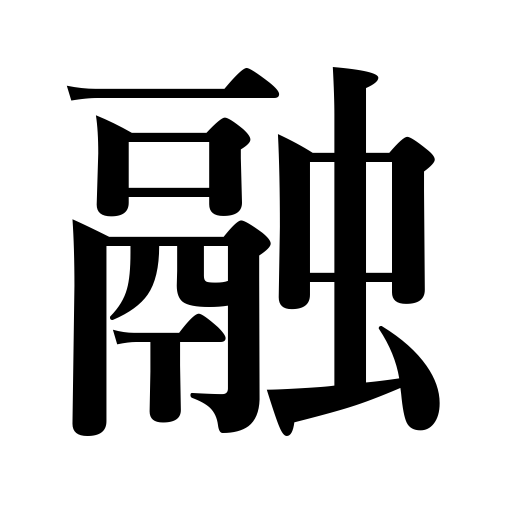
Meanings: melt,dissolve